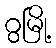
ဂွမြို့